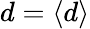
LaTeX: d=\langle d\rangle